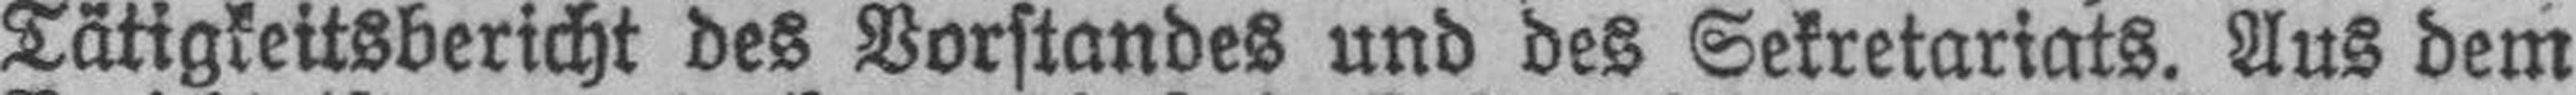
Tätigkeitsbericht des Vorstandes und des Sekretariats. Aus dem